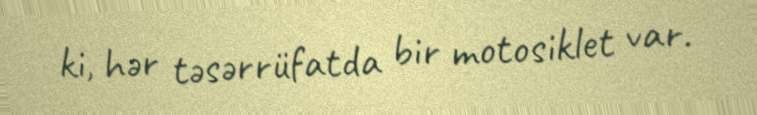
ki, hər təsərrüfatda bir motosiklet var.